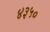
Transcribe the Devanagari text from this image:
४३५०